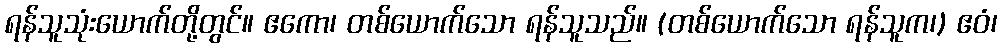
ရန်သူသုံးယောက်တို့တွင်။ ဧကော၊ တစ်ယောက်သော ရန်သူသည်။ (တစ်ယောက်သော ရန်သူက၊) ဧဝံ၊